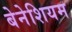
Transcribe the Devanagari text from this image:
बेनेशियम